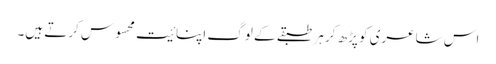
اس شاعری کو پڑھ کر ہر طبقے کے لوگ اپنائیت محسوس کرتے ہیں۔